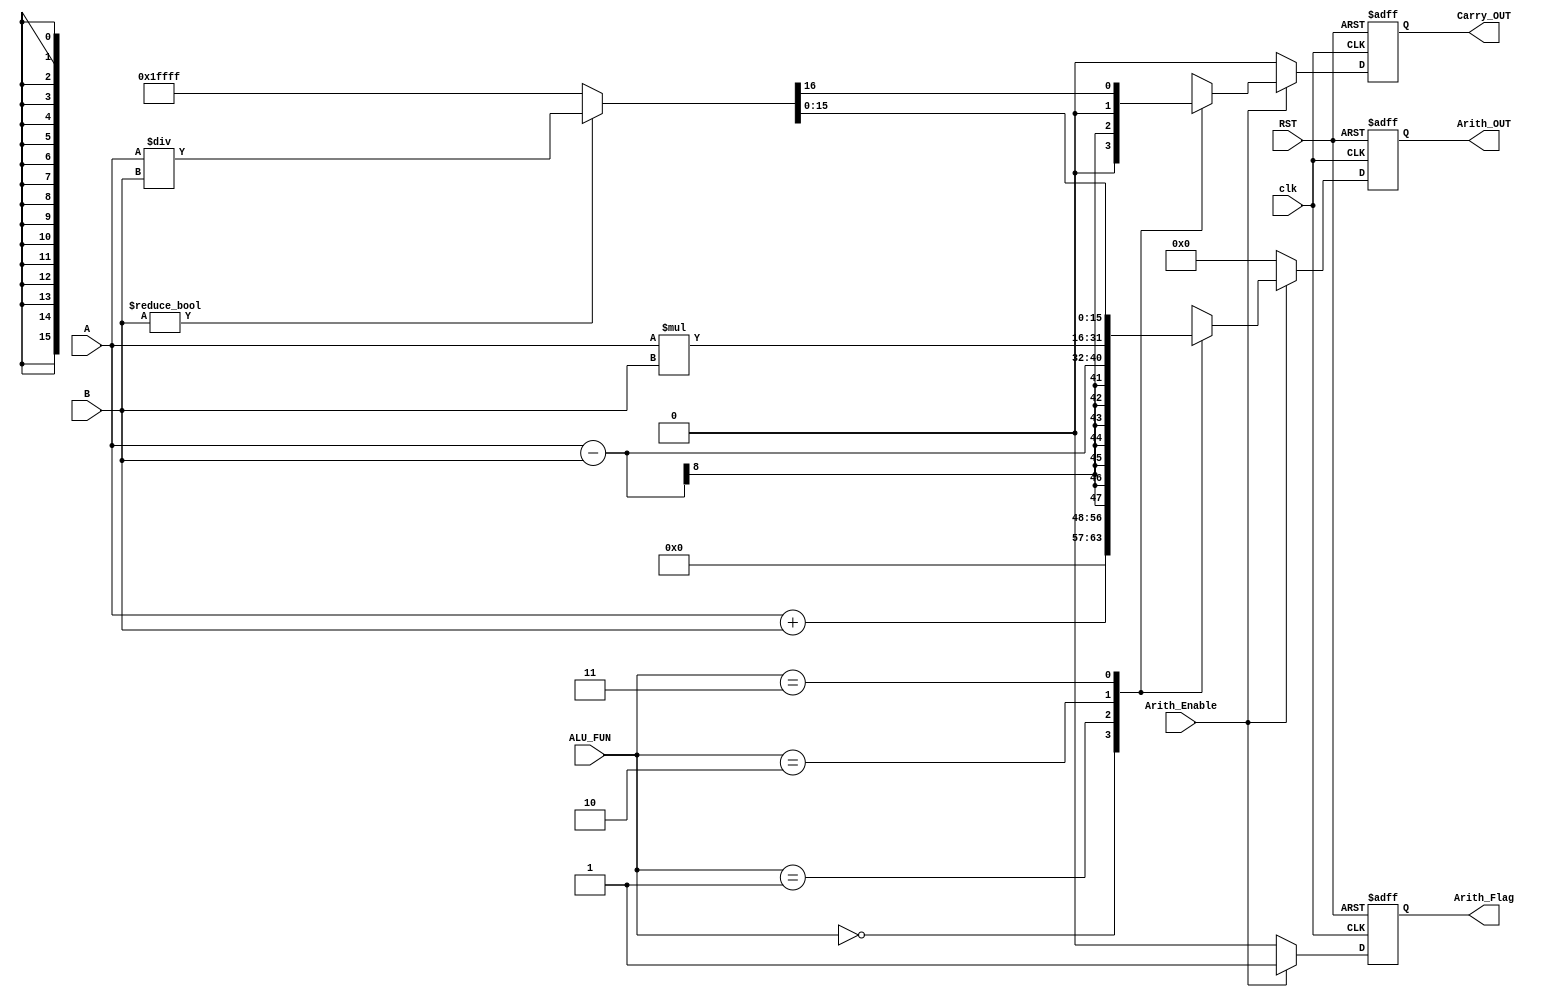
//Module name
module ARITHMETIC_UNIT
#(parameter in_width = 8, out_width = 16)
(
  //ARITHMETIC_UNIT parameterized operands
  input [ in_width - 1 :0] A, B,
  //ARITHMETIC_UNIT function selection
  input [1:0] ALU_FUN,
  input Arith_Enable, RST,
  input clk,
  //ARITHMETIC_UNIT parameterized Result
  output reg [out_width - 1 : 0] Arith_OUT,
  output reg Carry_OUT, Arith_Flag
);

//All Outputs are registered.
reg [out_width - 1 : 0] out;
reg carry, flag;

//RTL code
always@(posedge clk, negedge RST)
  begin
    //Asynchronous active low reset
    if(!RST)
      begin
        Arith_OUT <= 'b0;
        Carry_OUT <= 1'b0;
        Arith_Flag <= 1'b0;
      end
      
    else if(!Arith_Enable)
      begin
        Arith_OUT <= 'b0;
        Carry_OUT <= 1'b0;
        Arith_Flag <= 1'b0;
      end
    else  
      begin
        Arith_OUT <= out;
        Carry_OUT <= carry;
        Arith_Flag <= flag;
      end
  end

always@(*)
  begin
    if(Arith_Enable)
      begin
        flag = 1'b1;
        case(ALU_FUN)
          //Addition operation
          2'b00:  {carry, out} = A+B;
          
          //Subtraction operation
          2'b01:  {carry, out} = A-B;
          
          //Multiplication operation
          2'b10:  {carry, out} = A*B;
          
          //Division operation
          2'b11:  if (B != 0)
                  {carry, out} = A/B;
                  else begin
                    $display("Error: Division by zero");
                    {carry, out} = 'hFFFFF;
                  end
                  
          default: {carry, out} = A+B;
        endcase 
      end
    else
      begin
        flag = 1'b0;
        carry = 1'b0;
        out = 'b0;
      end
  end  

endmodule